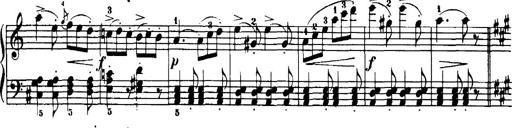
Title: 7 Sonatinas
Composer: Anton Diabelli